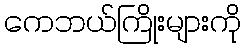
ကေဘယ်ကြိုးများကို